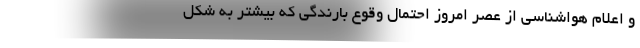
و اعلام هواشناسی از عصر امروز احتمال وقوع بارندگی که بیشتر به شکل